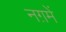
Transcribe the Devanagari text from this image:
नग़में